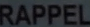
RAPPEL